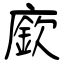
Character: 廞